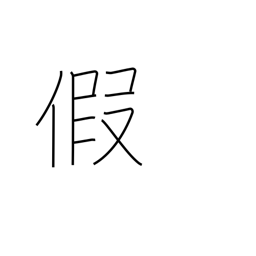
Meaning: interim